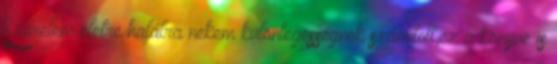
Szerelem életre halálra nekem különlegességnek számított,ez a könyve is